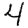
Digit: 4